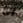
انا